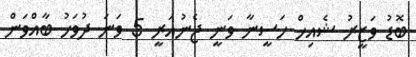
ބޮޑު ވަޒީރު ޝެއިޚް ހަސީނާ ވަނީ ޖެނުއަރީ 5 ވަނަ ދުވަހު ބާއްވަން